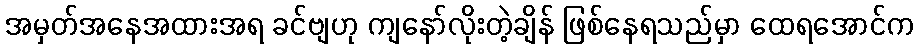
အမှတ်အနေအထားအရ ခင်ဗျဟု ကျနော်လိုးတဲ့ချိန် ဖြစ်နေရသည်မှာ ထေရအောင်က